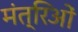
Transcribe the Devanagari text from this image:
मंत्रिओं